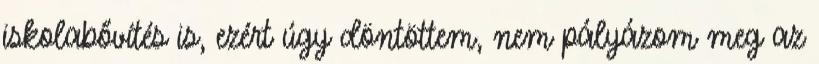
iskolabővítés is, ezért úgy döntöttem, nem pályázom meg az